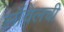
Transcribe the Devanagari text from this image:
लॉवेलची